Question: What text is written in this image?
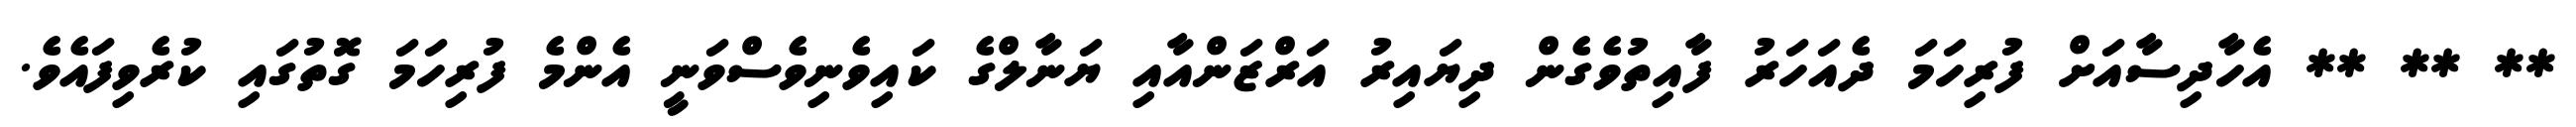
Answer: ** ** ** އެހާދިސާއަށް ފުރިހަމަ ދެއަހަރު ފާއިތުވެގެން ދިޔައިރު އަރްޒަންއާއި ޔަނާލްގެ ކައިވެނިވެސްވަނީ އެންމެ ފުރިހަމަ ގޮތުގައި ކުރެވިފައެވެ.